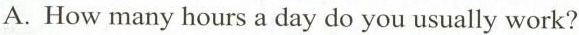
A. How many hours a day do you usually work?